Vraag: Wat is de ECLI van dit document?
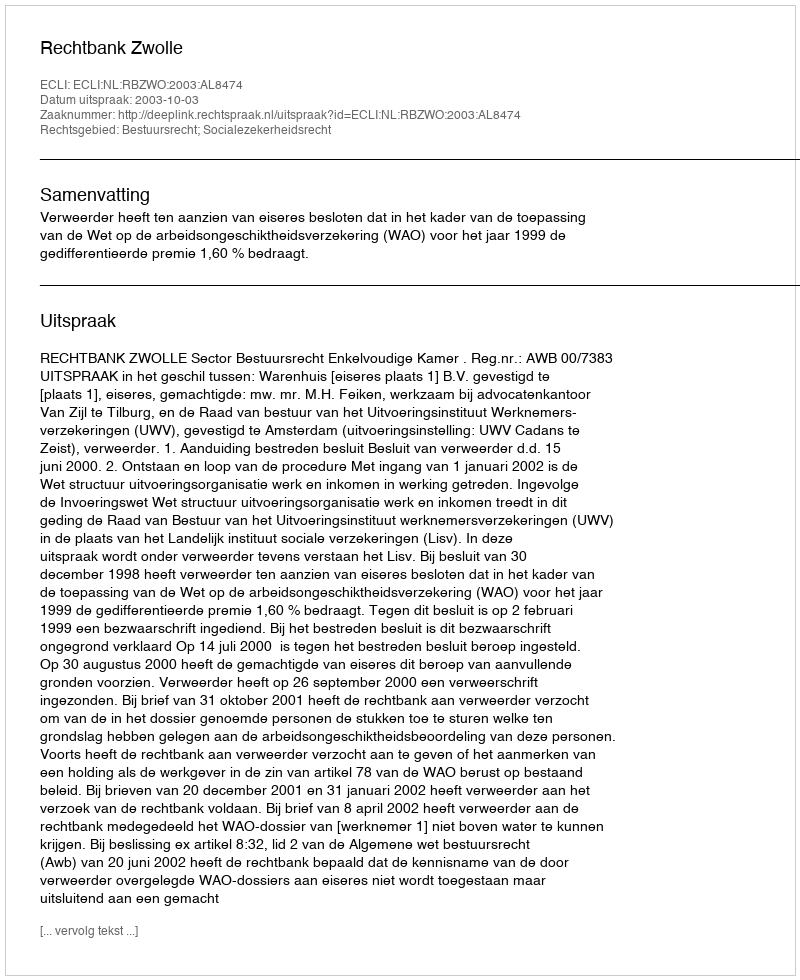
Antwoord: ECLI:NL:RBZWO:2003:AL8474